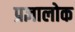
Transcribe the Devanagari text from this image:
प्रज्ञालोक